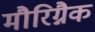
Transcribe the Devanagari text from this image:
मौरिग्नैक